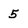
Character: 5